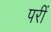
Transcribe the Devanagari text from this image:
परीं